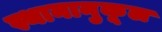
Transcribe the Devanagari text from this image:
स्थानानुकूल